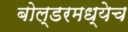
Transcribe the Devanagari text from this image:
बोल्डरमध्येच